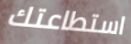
استطاعتك